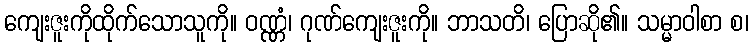
ကျေးဇူးကိုထိုက်သောသူကို။ ဝဏ္ဏံ၊ ဂုဏ်ကျေးဇူးကို။ ဘာသတိ၊ ပြောဆို၏။ သမ္မာဝါစာ စ၊